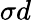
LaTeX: \sigma d